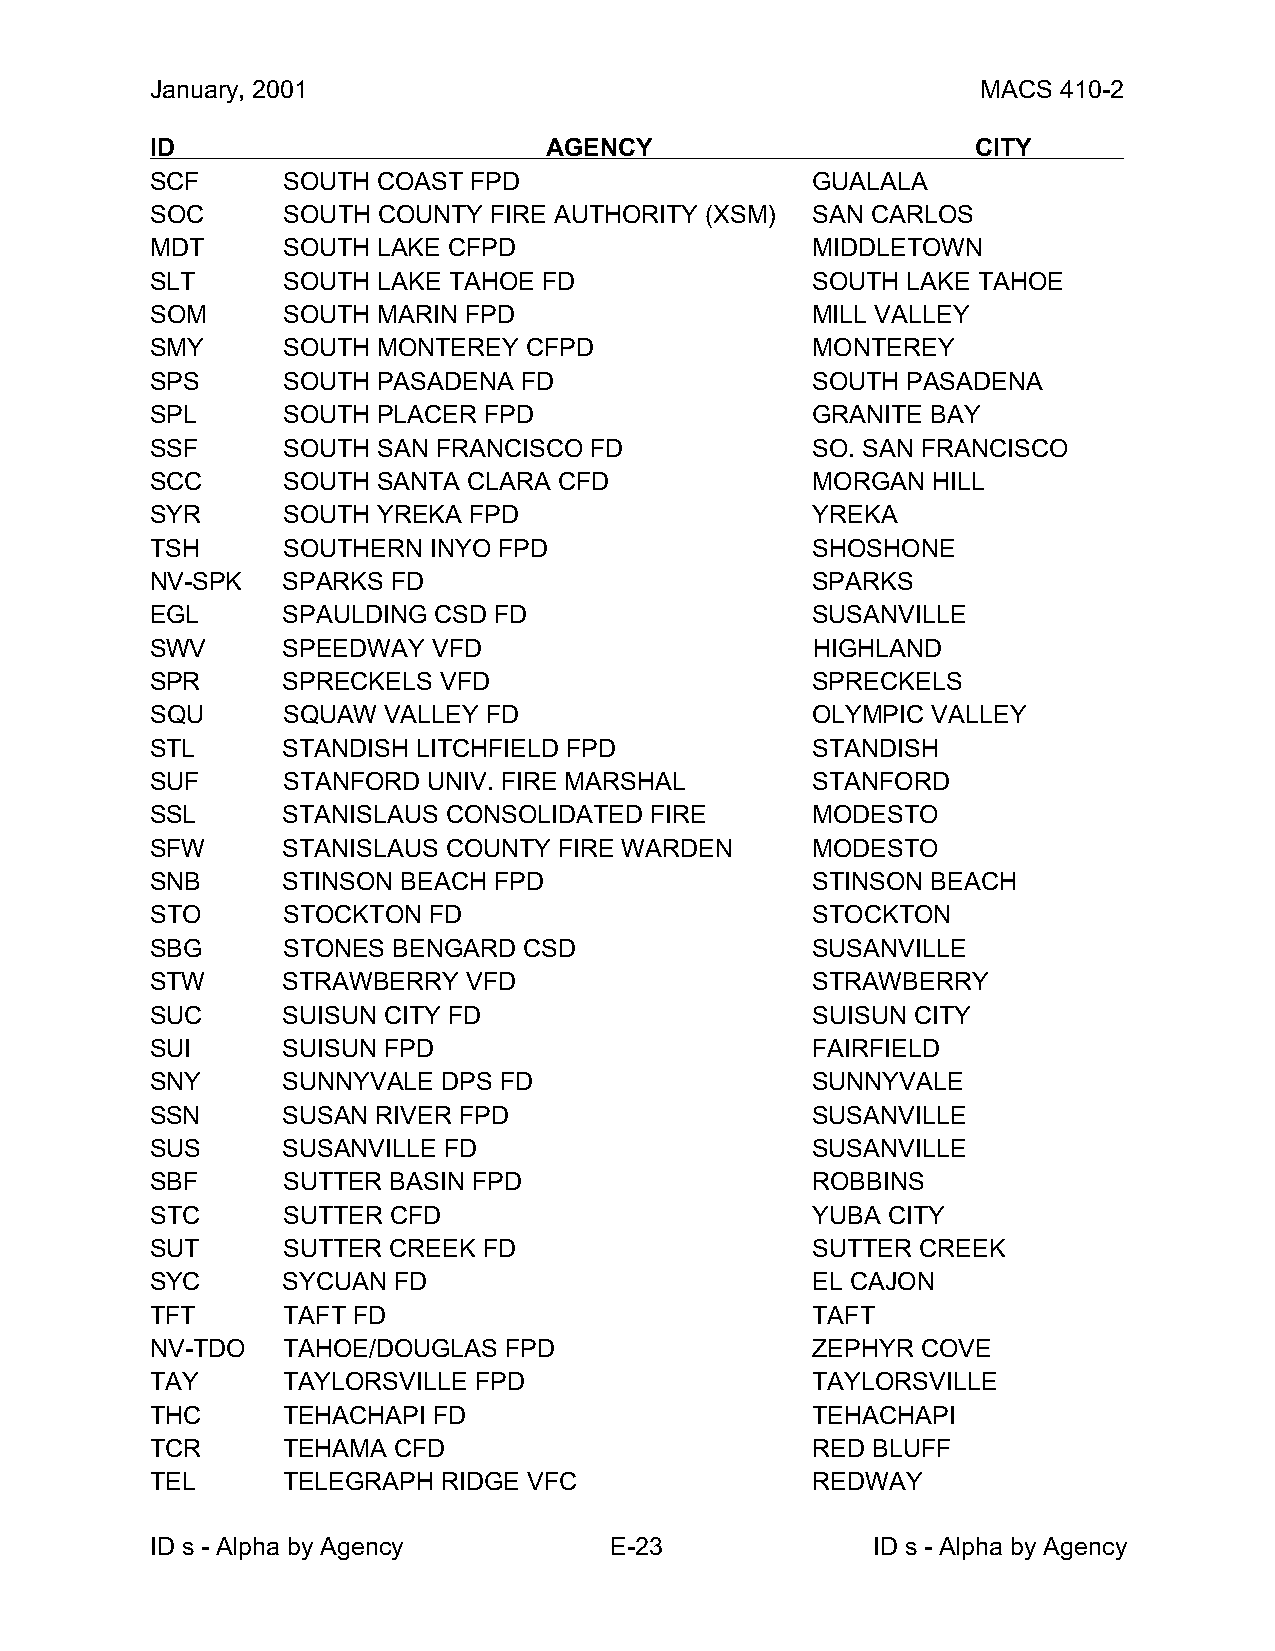
January, 2001                                          MACS 410-2
 ID                        AGENCY                       CITY
 SCF      SOUTH COAST FPD                    GUALALA
 SOC      SOUTH COUNTY FIRE AUTHORITY (XSM)  SAN CARLOS
 MDT      SOUTH LAKE CFPD                    MIDDLETOWN
 SLT      SOUTH LAKE TAHOE FD                SOUTH LAKE TAHOE
 SOM      SOUTH MARIN FPD                    MILL VALLEY
 SMY      SOUTH MONTEREY  CFPD               MONTEREY
 SPS      SOUTH PASADENA FD                  SOUTH PASADENA
 SPL      SOUTH PLACER FPD                   GRANITE BAY
 SSF      SOUTH SAN FRANCISCO FD             SO. SAN FRANCISCO
 SCC      SOUTH SANTA CLARA CFD              MORGAN  HILL
 SYR      SOUTH YREKA FPD                    YREKA
 TSH      SOUTHERN  INYO FPD                 SHOSHONE
 NV-SPK   SPARKS FD                          SPARKS
 EGL      SPAULDING CSD FD                   SUSANVILLE
 SWV      SPEEDWAY  VFD                      HIGHLAND
 SPR      SPRECKELS VFD                      SPRECKELS
 SQU      SQUAW VALLEY FD                    OLYMPIC VALLEY
 STL      STANDISH LITCHFIELD FPD            STANDISH
 SUF      STANFORD UNIV. FIRE MARSHAL        STANFORD
 SSL      STANISLAUS CONSOLIDATED FIRE       MODESTO
 SFW      STANISLAUS COUNTY FIRE WARDEN      MODESTO
 SNB      STINSON BEACH FPD                  STINSON BEACH
 STO      STOCKTON FD                        STOCKTON
 SBG      STONES BENGARD  CSD                SUSANVILLE
 STW      STRAWBERRY  VFD                    STRAWBERRY
 SUC      SUISUN CITY FD                     SUISUN CITY
 SUI      SUISUN FPD                         FAIRFIELD
 SNY      SUNNYVALE DPS FD                   SUNNYVALE
 SSN      SUSAN RIVER FPD                    SUSANVILLE
 SUS      SUSANVILLE FD                      SUSANVILLE
 SBF      SUTTER BASIN FPD                   ROBBINS
 STC      SUTTER CFD                         YUBA CITY
 SUT      SUTTER CREEK FD                    SUTTER CREEK
 SYC      SYCUAN FD                          EL CAJON
 TFT      TAFT FD                            TAFT
 NV-TDO   TAHOE/DOUGLAS FPD                  ZEPHYR COVE
 TAY      TAYLORSVILLE FPD                   TAYLORSVILLE
 THC      TEHACHAPI FD                       TEHACHAPI
 TCR      TEHAMA CFD                         RED BLUFF
 TEL      TELEGRAPH RIDGE VFC                REDWAY
 ID s - Alpha by Agency        E-23              ID s - Alpha by Agency